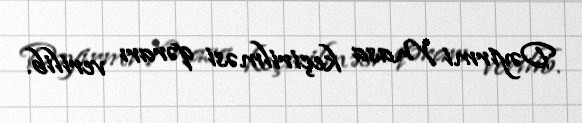
Dəyirmi Masa keçirilməsi qərarı verilib.